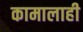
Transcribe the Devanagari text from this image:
कामालाही